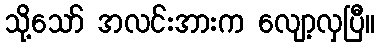
သို့သော် အလင်းအားက လျော့လှပြီ။